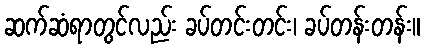
ဆက်ဆံရာတွင်လည်း ခပ်တင်းတင်း၊ ခပ်တန်းတန်း။